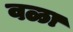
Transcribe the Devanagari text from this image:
वळा